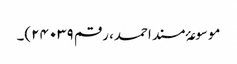
موسوعۂ مسند احمد، رقم ۲۴۰۳۹)۔